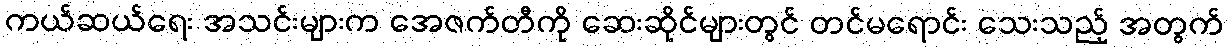
ကယ်ဆယ်ရေး အသင်းများက အေဇက်တီကို ဆေးဆိုင်များတွင် တင်မရောင်း သေးသည့် အတွက်